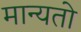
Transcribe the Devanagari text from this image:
मान्यतो